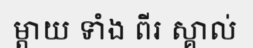
ម្តាយ ទាំង ពីរ ស្គាល់